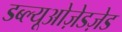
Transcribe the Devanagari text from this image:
डब्ल्यूओज़ेडज़ेड